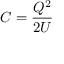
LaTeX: C = { \frac { Q ^ { 2 } } { 2 U } }